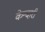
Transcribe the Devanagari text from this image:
केन्दारी